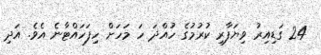
24 ގަޑިއިރު ވިޔަފާރި ކުރުމުގެ ހުއްދަ ހަ މަހަށް ހިފަހައްޓާނެ އެވެ. އަދި